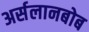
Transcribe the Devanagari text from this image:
अर्सलानबोब